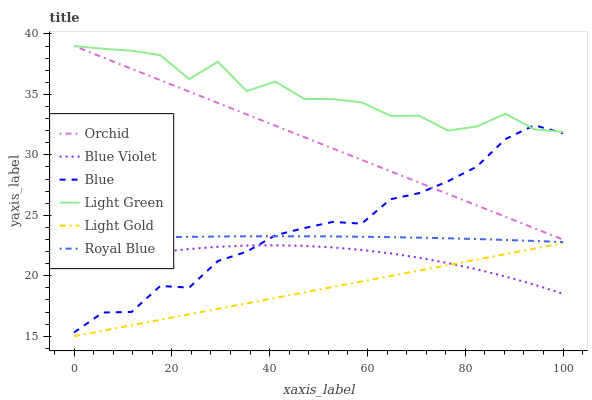
| xaxis_label | Orchid | Blue Violet | Blue | Light Green | Light Gold | Royal Blue |
 | --- | --- | --- | --- | --- | --- | --- |
 | 0 | 39 | 20.7 | 15.3 | 39 | 15 | 23 |
 | 5.88 | 38.1 | 21.2 | 17 | 38.8 | 15.5 | 23.1 |
 | 11.8 | 37.1 | 21.6 | 17 | 38.6 | 15.9 | 23.1 |
 | 17.6 | 36.2 | 22 | 19.2 | 38.2 | 16.4 | 23.2 |
 | 23.5 | 35.2 | 22.2 | 19 | 36.3 | 16.8 | 23.2 |
 | 29.4 | 34.3 | 22.4 | 21.2 | 37.7 | 17.3 | 23.2 |
 | 35.3 | 33.4 | 22.5 | 22 | 35.3 | 17.7 | 23.3 |
 | 41.2 | 32.4 | 22.5 | 23.4 | 36.1 | 18.2 | 23.3 |
 | 47.1 | 31.5 | 22.5 | 23.9 | 34.6 | 18.6 | 23.3 |
 | 52.9 | 30.5 | 22.3 | 24.5 | 34.6 | 19.1 | 23.3 |
 | 58.8 | 29.6 | 22.1 | 24.3 | 34.3 | 19.5 | 23.2 |
 | 64.7 | 28.6 | 21.9 | 26.3 | 33.2 | 20 | 23.2 |
 | 70.6 | 27.7 | 21.5 | 26.8 | 33.2 | 20.4 | 23.2 |
 | 76.5 | 26.8 | 21.1 | 27.8 | 32 | 20.9 | 23.1 |
 | 82.4 | 25.8 | 20.5 | 29 | 32.3 | 21.3 | 23 |
 | 88.2 | 24.9 | 19.9 | 31.3 | 33.4 | 21.8 | 23 |
 | 94.1 | 23.9 | 19.3 | 32.4 | 32.1 | 22.2 | 22.9 |
 | 100 | 23 | 18.5 | 31.8 | 31.9 | 22.7 | 22.8 |